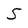
Character: 5